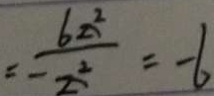
= - \frac { 6 z ^ { Z } } { Z ^ { 2 } } = - 6